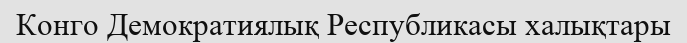
Конго Демократиялық Республикасы халықтары